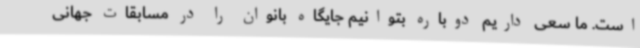
است. ما سعی داریم دوباره بتوانیم جایگاه بانوان را در مسابقات جهانی